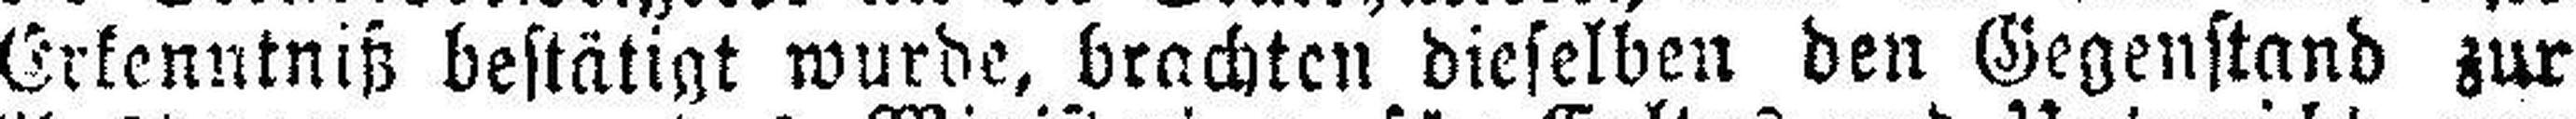
Erkenntniß bestätigt wurde, brachten dieselben den Gegenstand zur